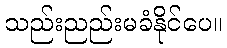
သည်းညည်းမခံနိုင်ပေ။